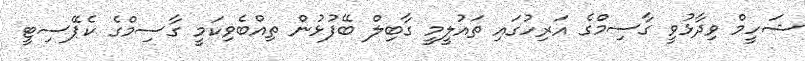
ޝަހީމް ވިދާޅުވީ ގާސިމްގެ އަރިހުގައި ތައުލީމީ ގާބިލް ބޭފުޅުން ތިއްބެވިކަމީ ގާސިމްގެ ކެޕޭސިޓީ